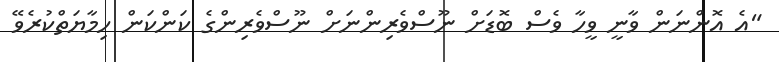
"އެ އޮންނަން ވާނީ ވީހާ ވެސް ބޮޑަށް ނޫސްވެރިންނަށް ނޫސްވެރިންގެ ކަންކަން ހިމާޔަތްކުރެވޭ